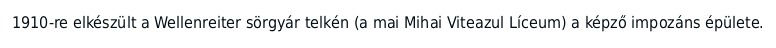
1910-re elkészült a Wellenreiter sörgyár telkén (a mai Mihai Viteazul Líceum) a képző impozáns épülete.